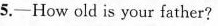
5.-How old is your father?